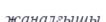
жаналғышы